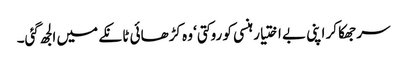
سر جھکا کر اپنی بے اختیار ہنسی کو روکتی‘ وہ کڑھائی ٹانکے میں الجھ گئی۔